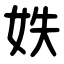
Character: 妷